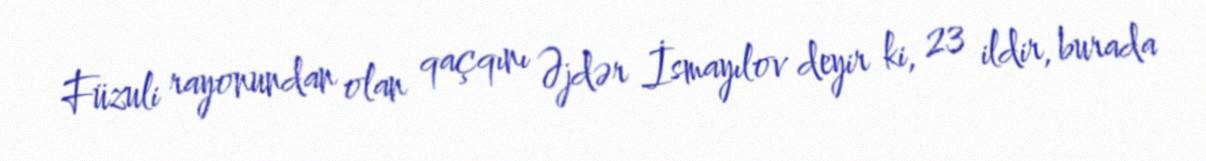
Füzuli rayonundan olan qaçqını Əjdər İsmayılov deyir ki, 23 ildir, burada